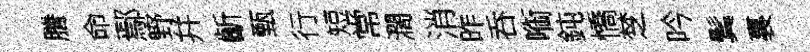
謄命鄢野幷齗甄行短常濶消昨呑㗸鈍憍椘吟鬂裏